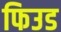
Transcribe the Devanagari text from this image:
फिउड